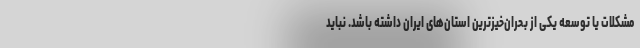
مشکلات یا توسعه یکی از بحران‌خیزترین استان‌های ایران داشته باشد. نباید